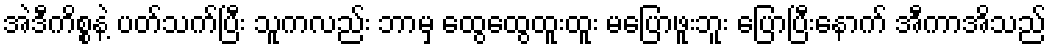
အဲဒီကိစ္စနဲ့ ပတ်သက်ပြီး သူကလည်း ဘာမှ ထွေထွေထူးထူး မပြောဖူးဘူး ပြောပြီးနောက် အီကာအိသည်